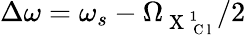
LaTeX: \Delta\omega=\omega_{s}-\Omega_{\mathrm{~X~}_{\mathrm{~C~l~}}^{1}}/2